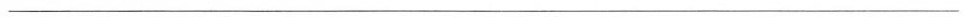
___